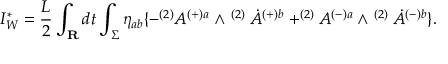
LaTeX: I _ { W } ^ { \ast } = \frac { L } { 2 } \int _ { \bf R } d t \int _ { \Sigma } \eta _ { a b } \{ - ^ { ( 2 ) } A ^ { ( + ) a } \wedge ^ { \mathrm { ~ } ( 2 ) } \dot { A } ^ { ( + ) b } + ^ { ( 2 ) } A ^ { ( - ) a } \wedge ^ { \mathrm { ~ } ( 2 ) } \dot { A } ^ { ( - ) b } \} .